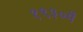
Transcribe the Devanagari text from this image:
१९३०में